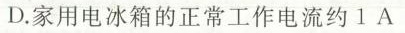
D.家用电冰箱的正常工作电流约1A